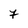
Character: 7